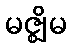
မဇ္ဈိမ